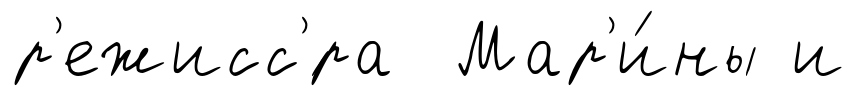
р'ежисс'́ра Мар'и́ны и